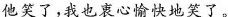
他笑了，我也衷心愉快地笑了。